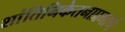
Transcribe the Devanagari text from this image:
शांतिनिकेतनाप्रमाणे